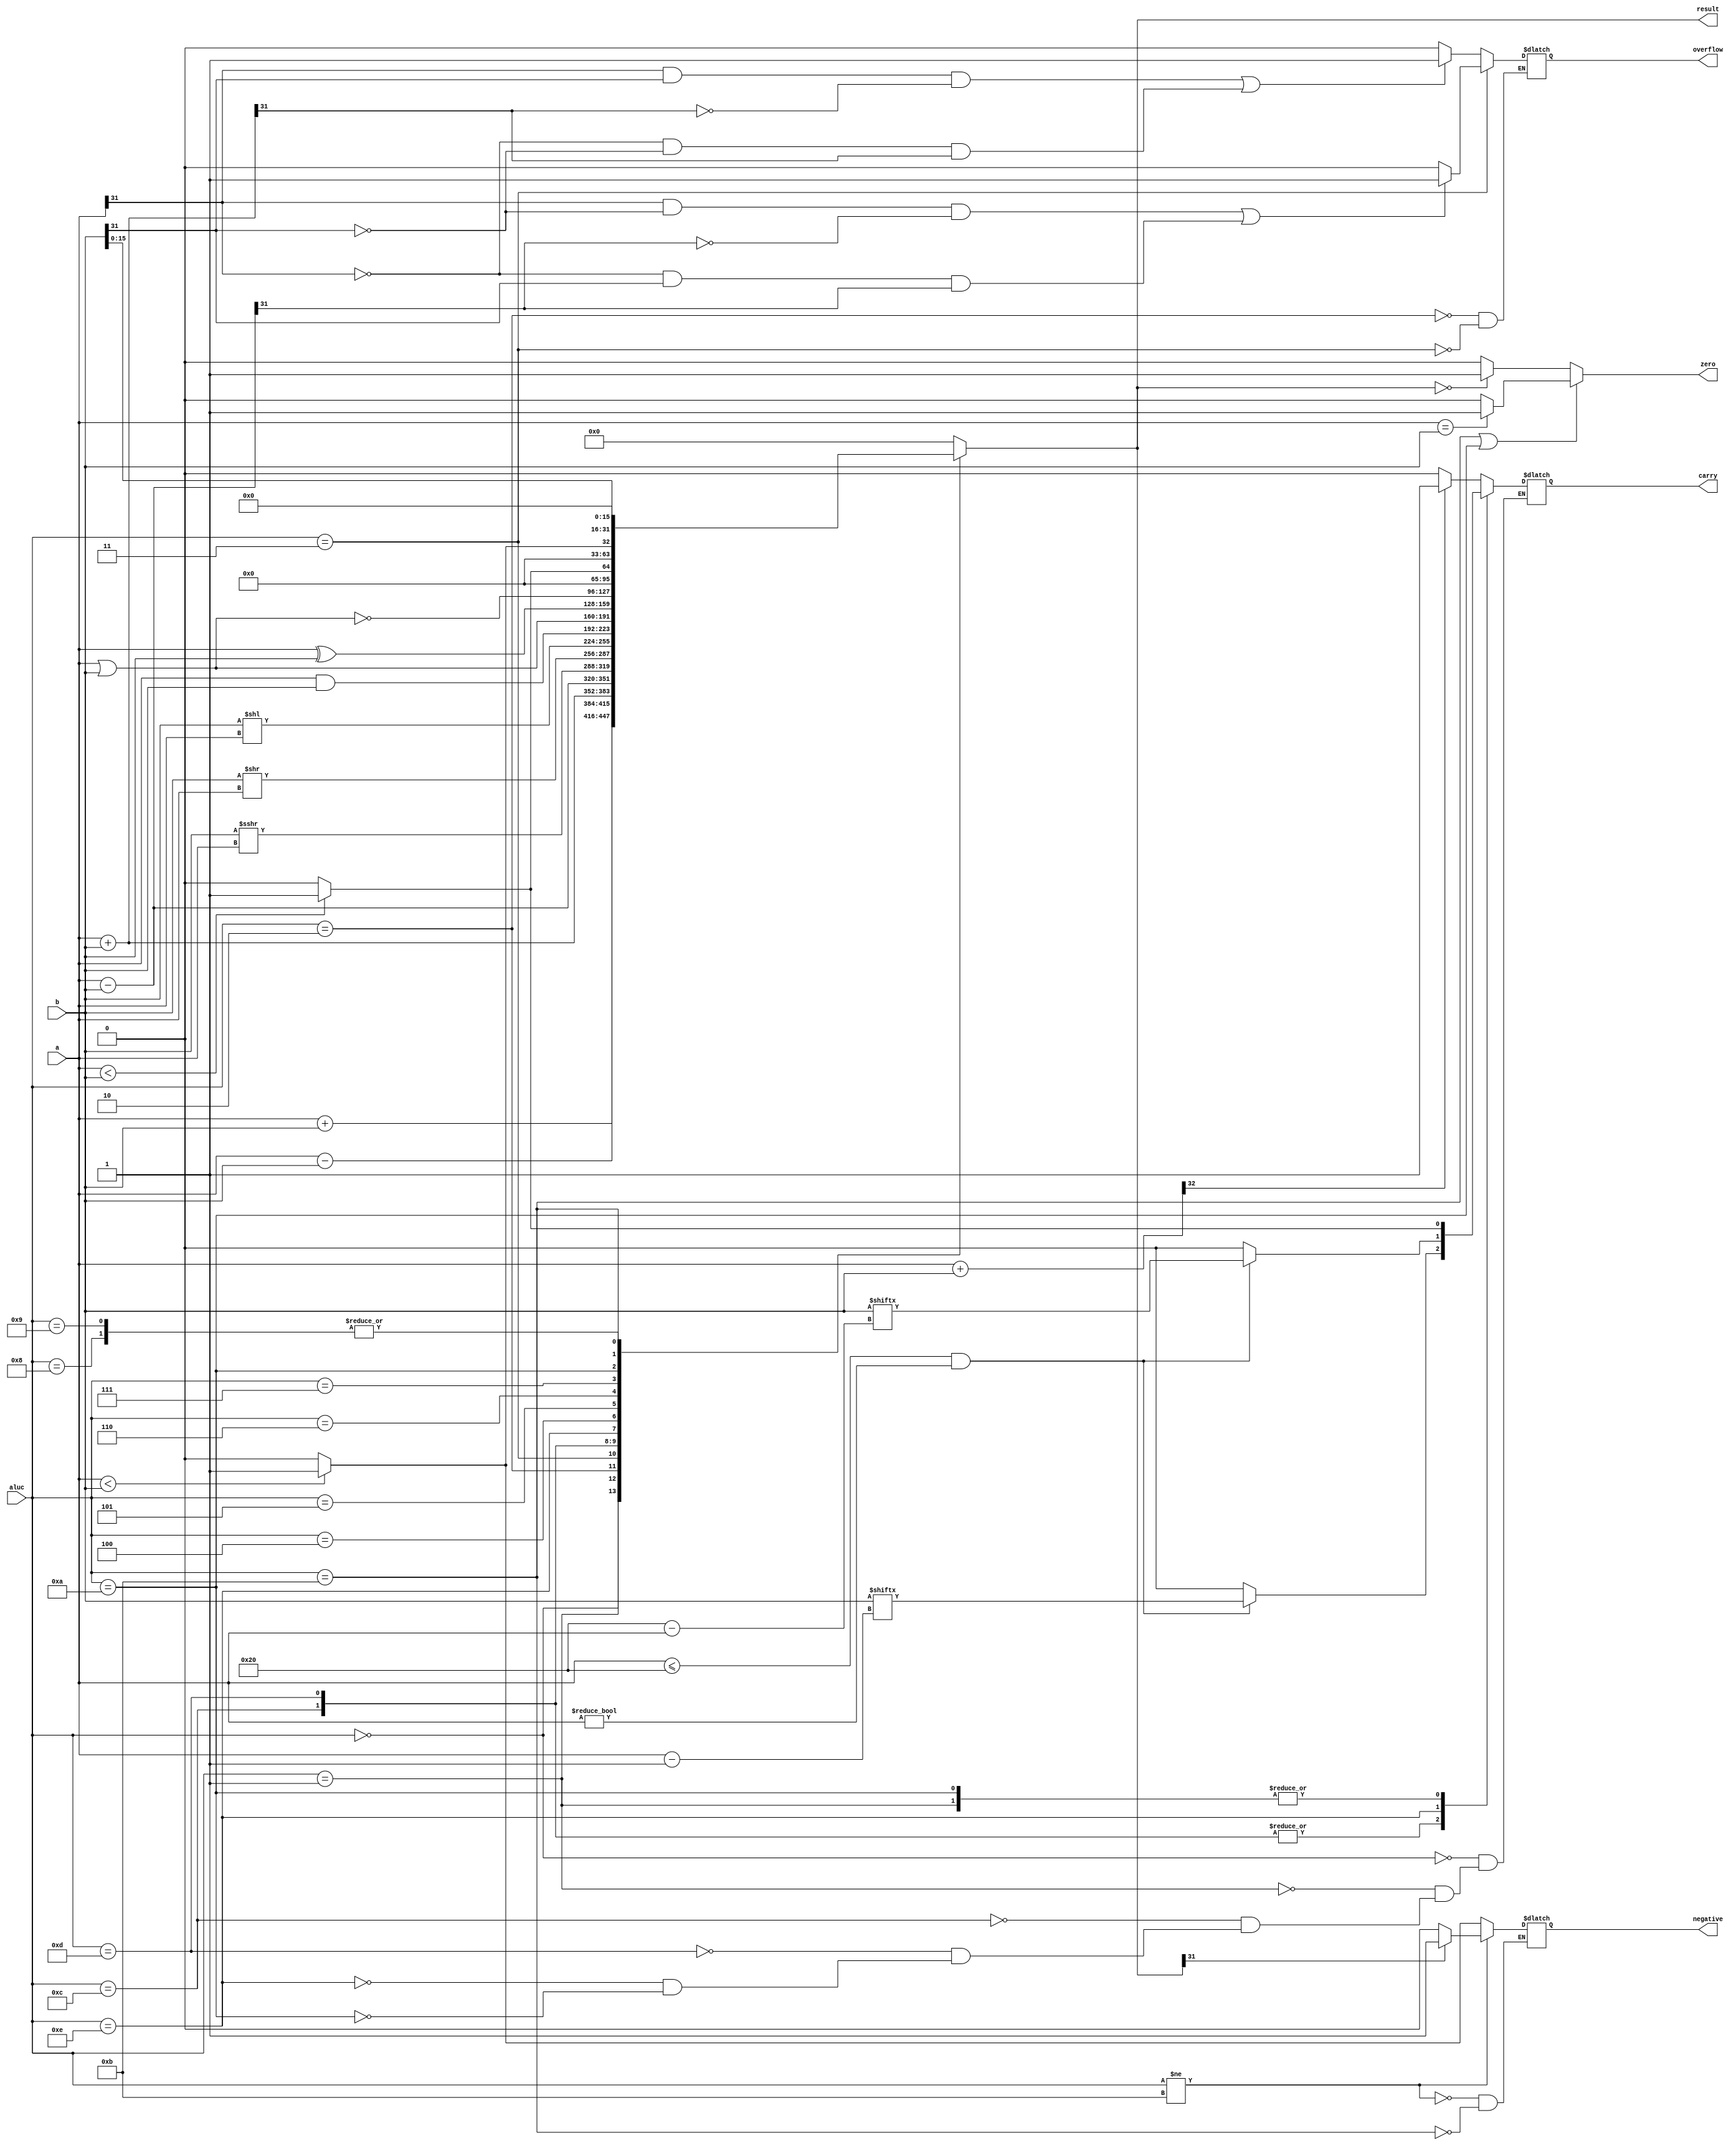
`timescale 1ns / 1ps
module alu(
        input [31:0] a,        //OP1
        input [31:0] b,        //OP2
        input [3:0] aluc,    //controller
        output reg [31:0] result,    //result
        output reg zero,
        output reg carry,
        output reg negative,
        output reg overflow);
        
    parameter Addu    =    4'b0000;    //r=a+b unsigned
    parameter Add    =    4'b0010;    //r=a+b signed
    parameter Subu    =    4'b0001;    //r=a-b unsigned
    parameter Sub    =    4'b0011;    //r=a-b signed
    parameter And    =    4'b0100;    //r=a&b
    parameter Or    =    4'b0101;    //r=a|b
    parameter Xor    =    4'b0110;    //r=a^b
    parameter Nor    =    4'b0111;    //r=~(a|b)
    parameter Lui1    =    4'b1001;    //r={b[15:0],16'b0}
    parameter Lui2    =    4'b1000;    //r={b[15:0],16'b0}
    parameter Slt    =    4'b1011;    //r=(a-b<0)?1:0 signed
    parameter Sltu    =    4'b1010;    //r=(a-b<0)?1:0 unsigned
    parameter Sra    =    4'b1100;    //r=b>>>a 
    parameter Sll    =    4'b1110;    //r=b<<a
    parameter Srl    =    4'b1101;    //r=b>>a
    
    wire signed [31:0] sa = a, sb = b;
    reg [32:0] temp;
    
    always@(*)begin
        case(aluc)
            Addu:  begin
             result=a+b;
             temp = a+b;
             carry = temp[32]==1 ? 1:0;
             end
            Subu:  begin
             result=a-b;
             carry=(a<b) ? 1 : 0;
             end
            Add: begin
                result=sa+sb;
                if((a[31]==1&&b[31]==1&&result[31]==0)||(a[31]==0&&b[31]==0&&result[31]==1))
                     overflow=1;
                else
                     overflow=0;
            end
            Sub: begin
                result=sa-sb;
                if((a[31]==1&&b[31]==0&&result[31]==0)||(a[31]==0&&b[31]==1&&result[31]==1))
                     overflow=1;
                else
                     overflow=0;
            end
            Sra: begin
                result = sb>>>a;
                carry=(a<=32 && a!=0)? b[a-1]:0;
            end
            Srl: begin
                result = b>>a;
                carry=(a<=32 && a!=0)? b[a-1]:0;
            end
            Sll: begin
                result=b<<a;
                carry=(a<=32 && a!=0)? b[32-a]:0;
            end
            
            And: result=a&b;
            Or:  result=a|b;
            Xor: result=a^b;
            Nor: result=~(a|b);
            
            Sltu: begin
             result=a<b?1:0;
             carry=(a<b)?1:0;
             end
            Slt: begin
             result=sa<sb?1:0;
             negative=sa<sb?1:0;
             end
            Lui1,Lui2: result = {b[15:0], 16'b0};
            default:
                result = 0;
        endcase
        
            if(aluc==4'b1011||aluc==4'b1010)
                zero = (a==b)?1:0;
            else
                zero = (result==0)?1:0;
            
            
             if(aluc!=4'b1011)
                    negative = (result[31]==1)?1:0;
    end


endmodule